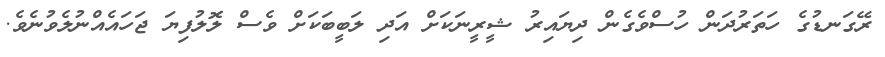
ރޭގަނޑުގެ ހަތަރުދަން ހުސްވެގެން ދިޔައިރު ޝީރީނަކަށް އަދި ލަބީބަކަށް ވެސް ލޮލުފިޔަ ޖަހައެއްނުލެވުނެވެ.